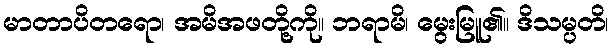
မာတာပိတရော၊ အမိအဖတို့ကို။ ဘရာမိ၊ မွေးမြူ၏။ ဒိသမ္ပတိ၊